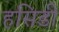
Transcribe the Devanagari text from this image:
हसिडी